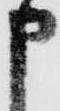
申